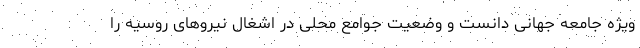
ویژه جامعه جهانی دانست و وضعیت جوامع محلی در اشغال نیروهای روسیه را